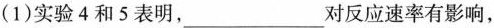
(1)实验4和5表明，___ 对反应速率有影响，